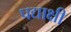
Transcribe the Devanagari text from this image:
पद्याक्षी